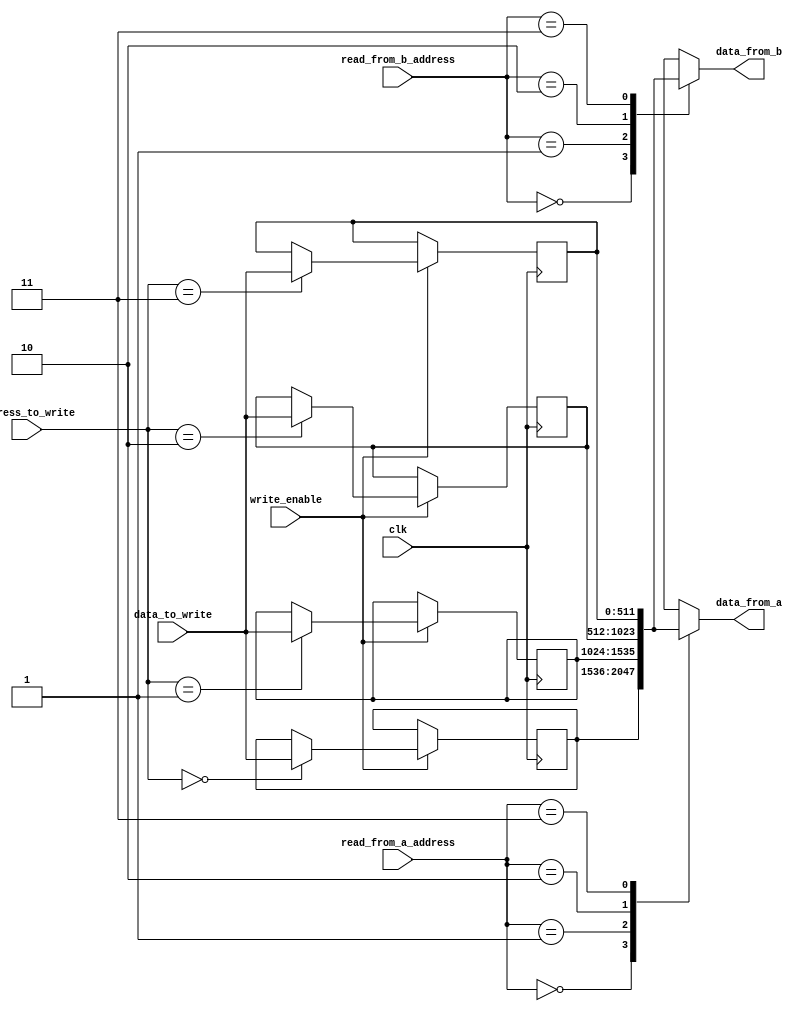
module RegisterFile (
    input wire clk,
    input wire [1:0] read_from_a_address,
    input wire [1:0] read_from_b_address,
    input wire [1:0] address_to_write,
    input wire [511:0] data_to_write,
    input wire write_enable,
    output reg [511:0] data_from_a,
    output reg [511:0] data_from_b
);
    reg [511:0] A1, A2, A3, A4;
    
    always @(posedge clk) begin
        if (write_enable) begin
            case (address_to_write)
                2'b00: A1 <= data_to_write;
                2'b01: A2 <= data_to_write;
                2'b10: A3 <= data_to_write;
                2'b11: A4 <= data_to_write;
            endcase
        end
    end

    always @(*) begin
        case (read_from_a_address)
            2'b00: data_from_a = A1;
            2'b01: data_from_a = A2;
            2'b10: data_from_a = A3;
            2'b11: data_from_a = A4;
        endcase
        case (read_from_b_address)
            2'b00: data_from_b = A1;
            2'b01: data_from_b = A2;
            2'b10: data_from_b = A3;
            2'b11: data_from_b = A4;
        endcase
    end
endmodule